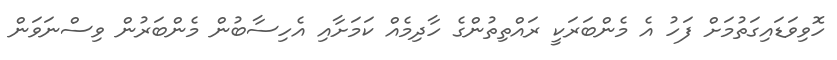
ހޮވިވަޑައިގަތުމަށް ފަހު އެ މެންބަރަކީ ރައްތިތުންގެ ހާދިމެއް ކަމަށާއި އެހިސާބުން މެންބަރުން ވިސްނަވަން